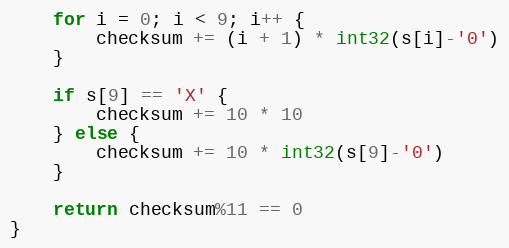
Language: Go
	for i = 0; i < 9; i++ {
		checksum += (i + 1) * int32(s[i]-'0')
	}

	if s[9] == 'X' {
		checksum += 10 * 10
	} else {
		checksum += 10 * int32(s[9]-'0')
	}

	return checksum%11 == 0
}